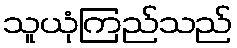
သူယုံကြည်သည်